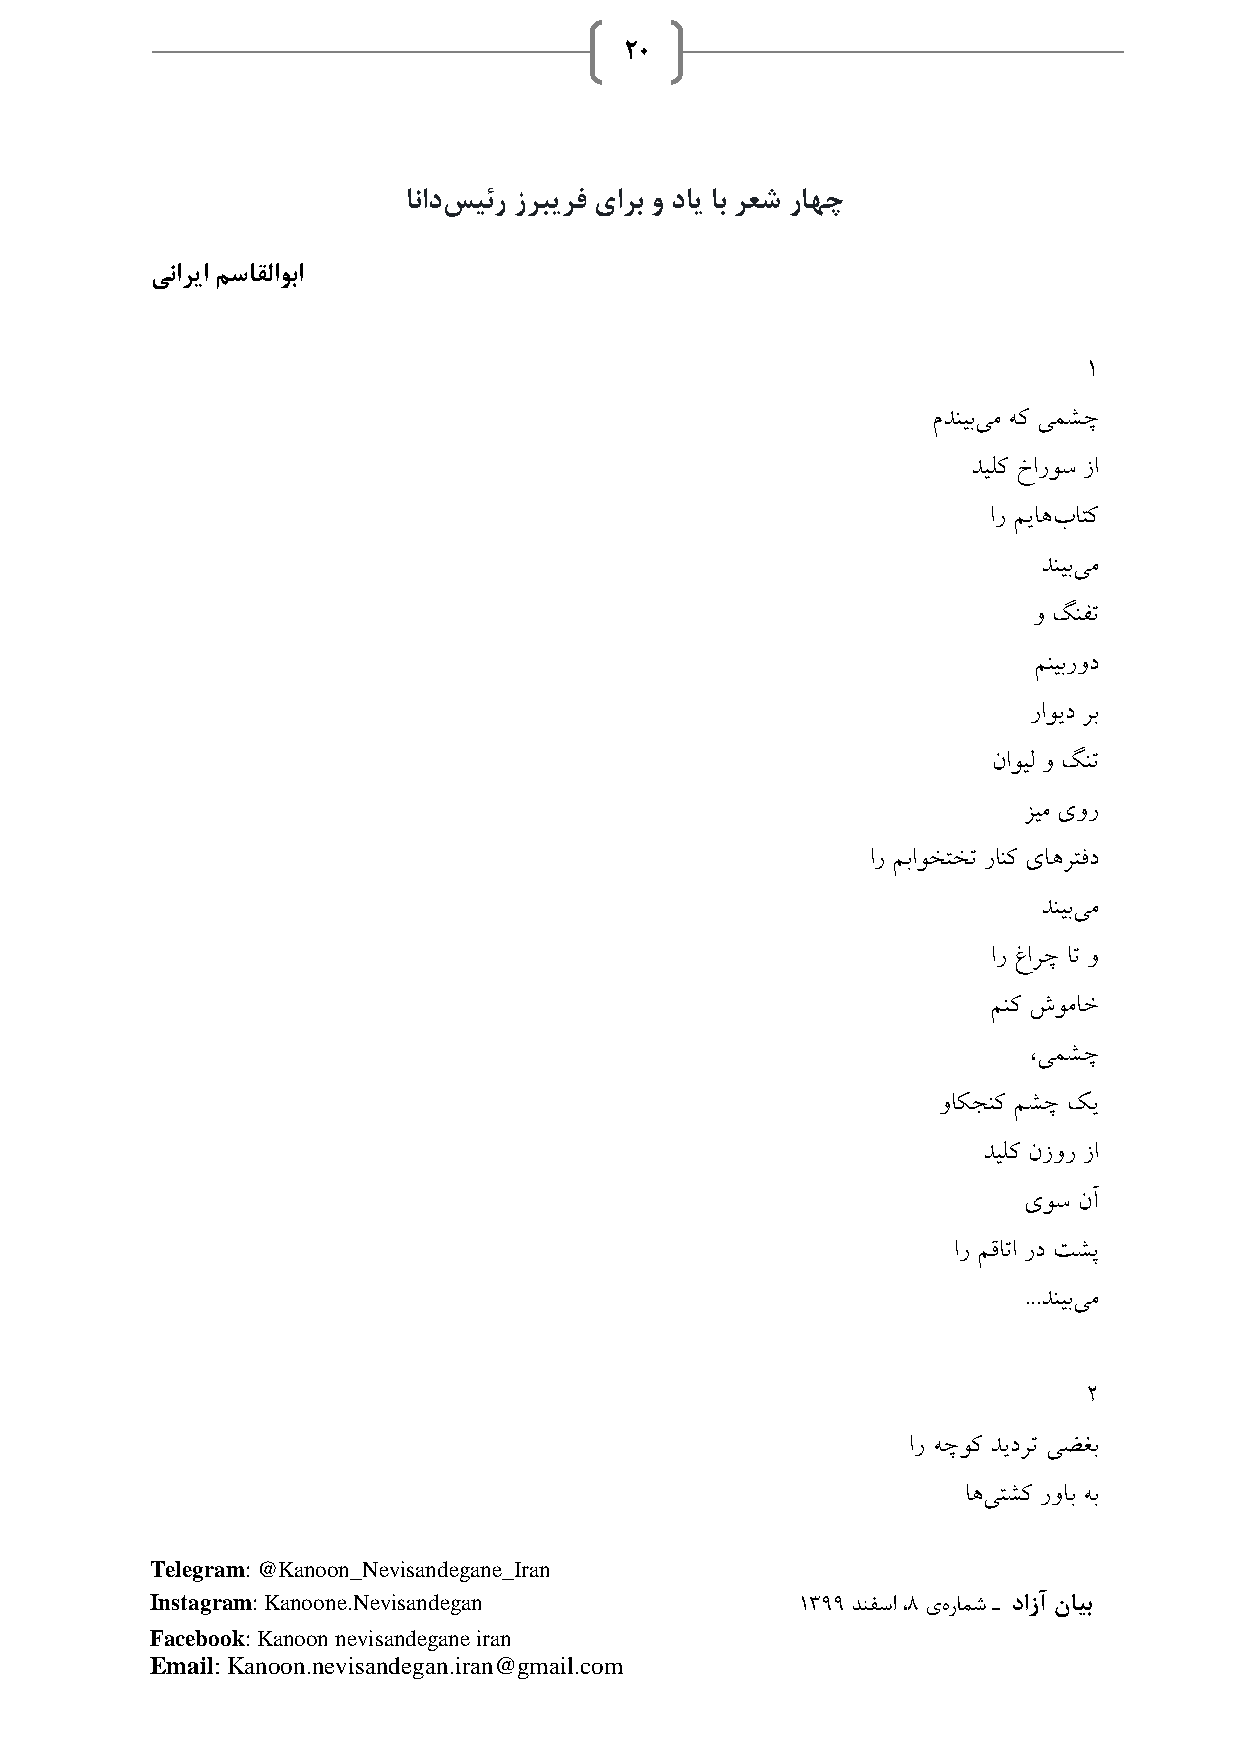
20
 انادسیئر زربیرف یارب و دای اب رعش راهچ
 یناریا مساقلاوبا
 1
 مدنیبیم هک یمشچ
 دیلک خاروس زا
 ار میاهباتک
 دنیبیم
 و گنفت
 منیبرود
 راوید رب
 ناویل و گنت
 زیم یور
 ار مباوختخت رانک یاهرتفد
 دنیبیم
 ار غارچ ات و
 منک شوماخ
 ،یمشچ
 واکجنک مشچ کی
 دیلک نزور زا
 یوس نآ
 ار مقاتا رد تشپ
 ...دنیبیم
 2
 ار هچوک دیدرت یضغب
 اهیتشک رواب هب
 Telegram: @Kanoon_Nevisandegane_Iran
 Instagram: Kanoone.Nevisandegan            1399 دنفسا ،8 یهرامش ـ دازآ نایب
 Facebook: Kanoon nevisandegane iran
 Email: Kanoon.nevisandegan.iran@gmail.com